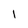
Character: l